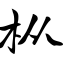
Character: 枞